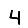
Digit: 4